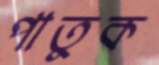
পাতুক